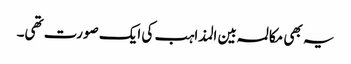
یہ بھی مکالمہ بین المذاہب کی ایک صورت تھی۔